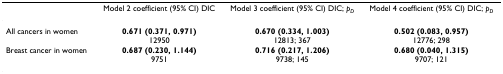
<table><thead><tr><td></td><td><b>Model 2 coefficient (95% CI) DIC</b></td><td><b>Model 3 coefficient (95% CI) DIC; <i>p</i><sub><i>D</i></sub></b></td><td><b>Model 4 coefficient (95% CI) DIC; <i>p</i><sub><i>D</i></sub></b></td></tr></thead><tbody><tr><td>All cancers in women</td><td><b>0.671 (0.371, 0.971)</b>12950</td><td><b>0.670 (0.334, 1.003)</b>12813; 367</td><td><b>0.502 (0.083, 0.957)</b>12776; 298</td></tr><tr><td>Breast cancer in women</td><td><b>0.687 (0.230, 1.144)</b>9751</td><td><b>0.716 (0.217, 1.206)</b>9738; 145</td><td><b>0.680 (0.040, 1.315)</b>9707; 121</td></tr></tbody></table>